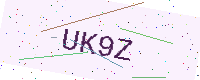
Text: UK9Z